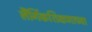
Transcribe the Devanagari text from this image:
लैंगिंकशिक्षणाच्या